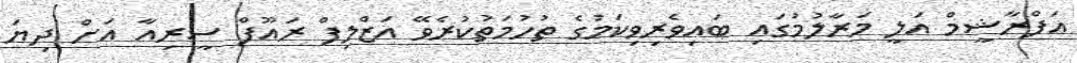
އަފްރާޝީމް އަލީ މަރާލުމުގައި ބައިވެރިވިކަމުގެ ތުހުމަތުކުރެވޭ އަޒްލިފް ރައޫފް ސީރިއާ އަށް ދިޔަ